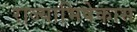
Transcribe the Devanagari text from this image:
राज्याभिषेकास